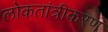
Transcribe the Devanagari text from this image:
लोकतांत्रीकरण